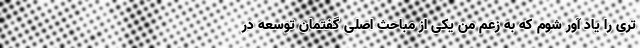
تری را یاد آور شوم که به زعم من یکی از مباحث اصلی گفتمان توسعه در